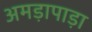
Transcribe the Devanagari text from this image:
अमड़ापाड़ा